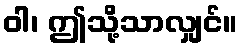
ဝါ၊ ဤသို့သာလျှင်။